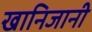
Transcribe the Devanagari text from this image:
खानिजानी